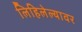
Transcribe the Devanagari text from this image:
लिहिलेल्यावर